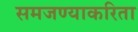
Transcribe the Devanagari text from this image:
समजण्याकरिता